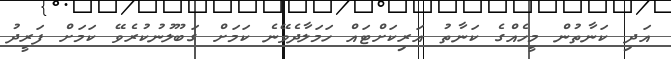
އަދި ކަނާތުން މީހެއްގެ ކަނާތު އަރިކަށްޓައް ހަމަލާދެވޭނެ ކަމަށް ގަބޫލުނުކުރެވޭ ކަމަށް ފަރީދު